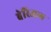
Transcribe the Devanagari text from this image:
बेरिअल